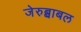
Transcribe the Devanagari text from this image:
जेरुब्बाबल